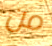
من